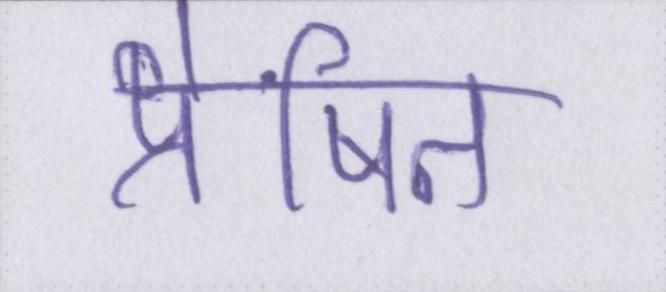
प्रेषित